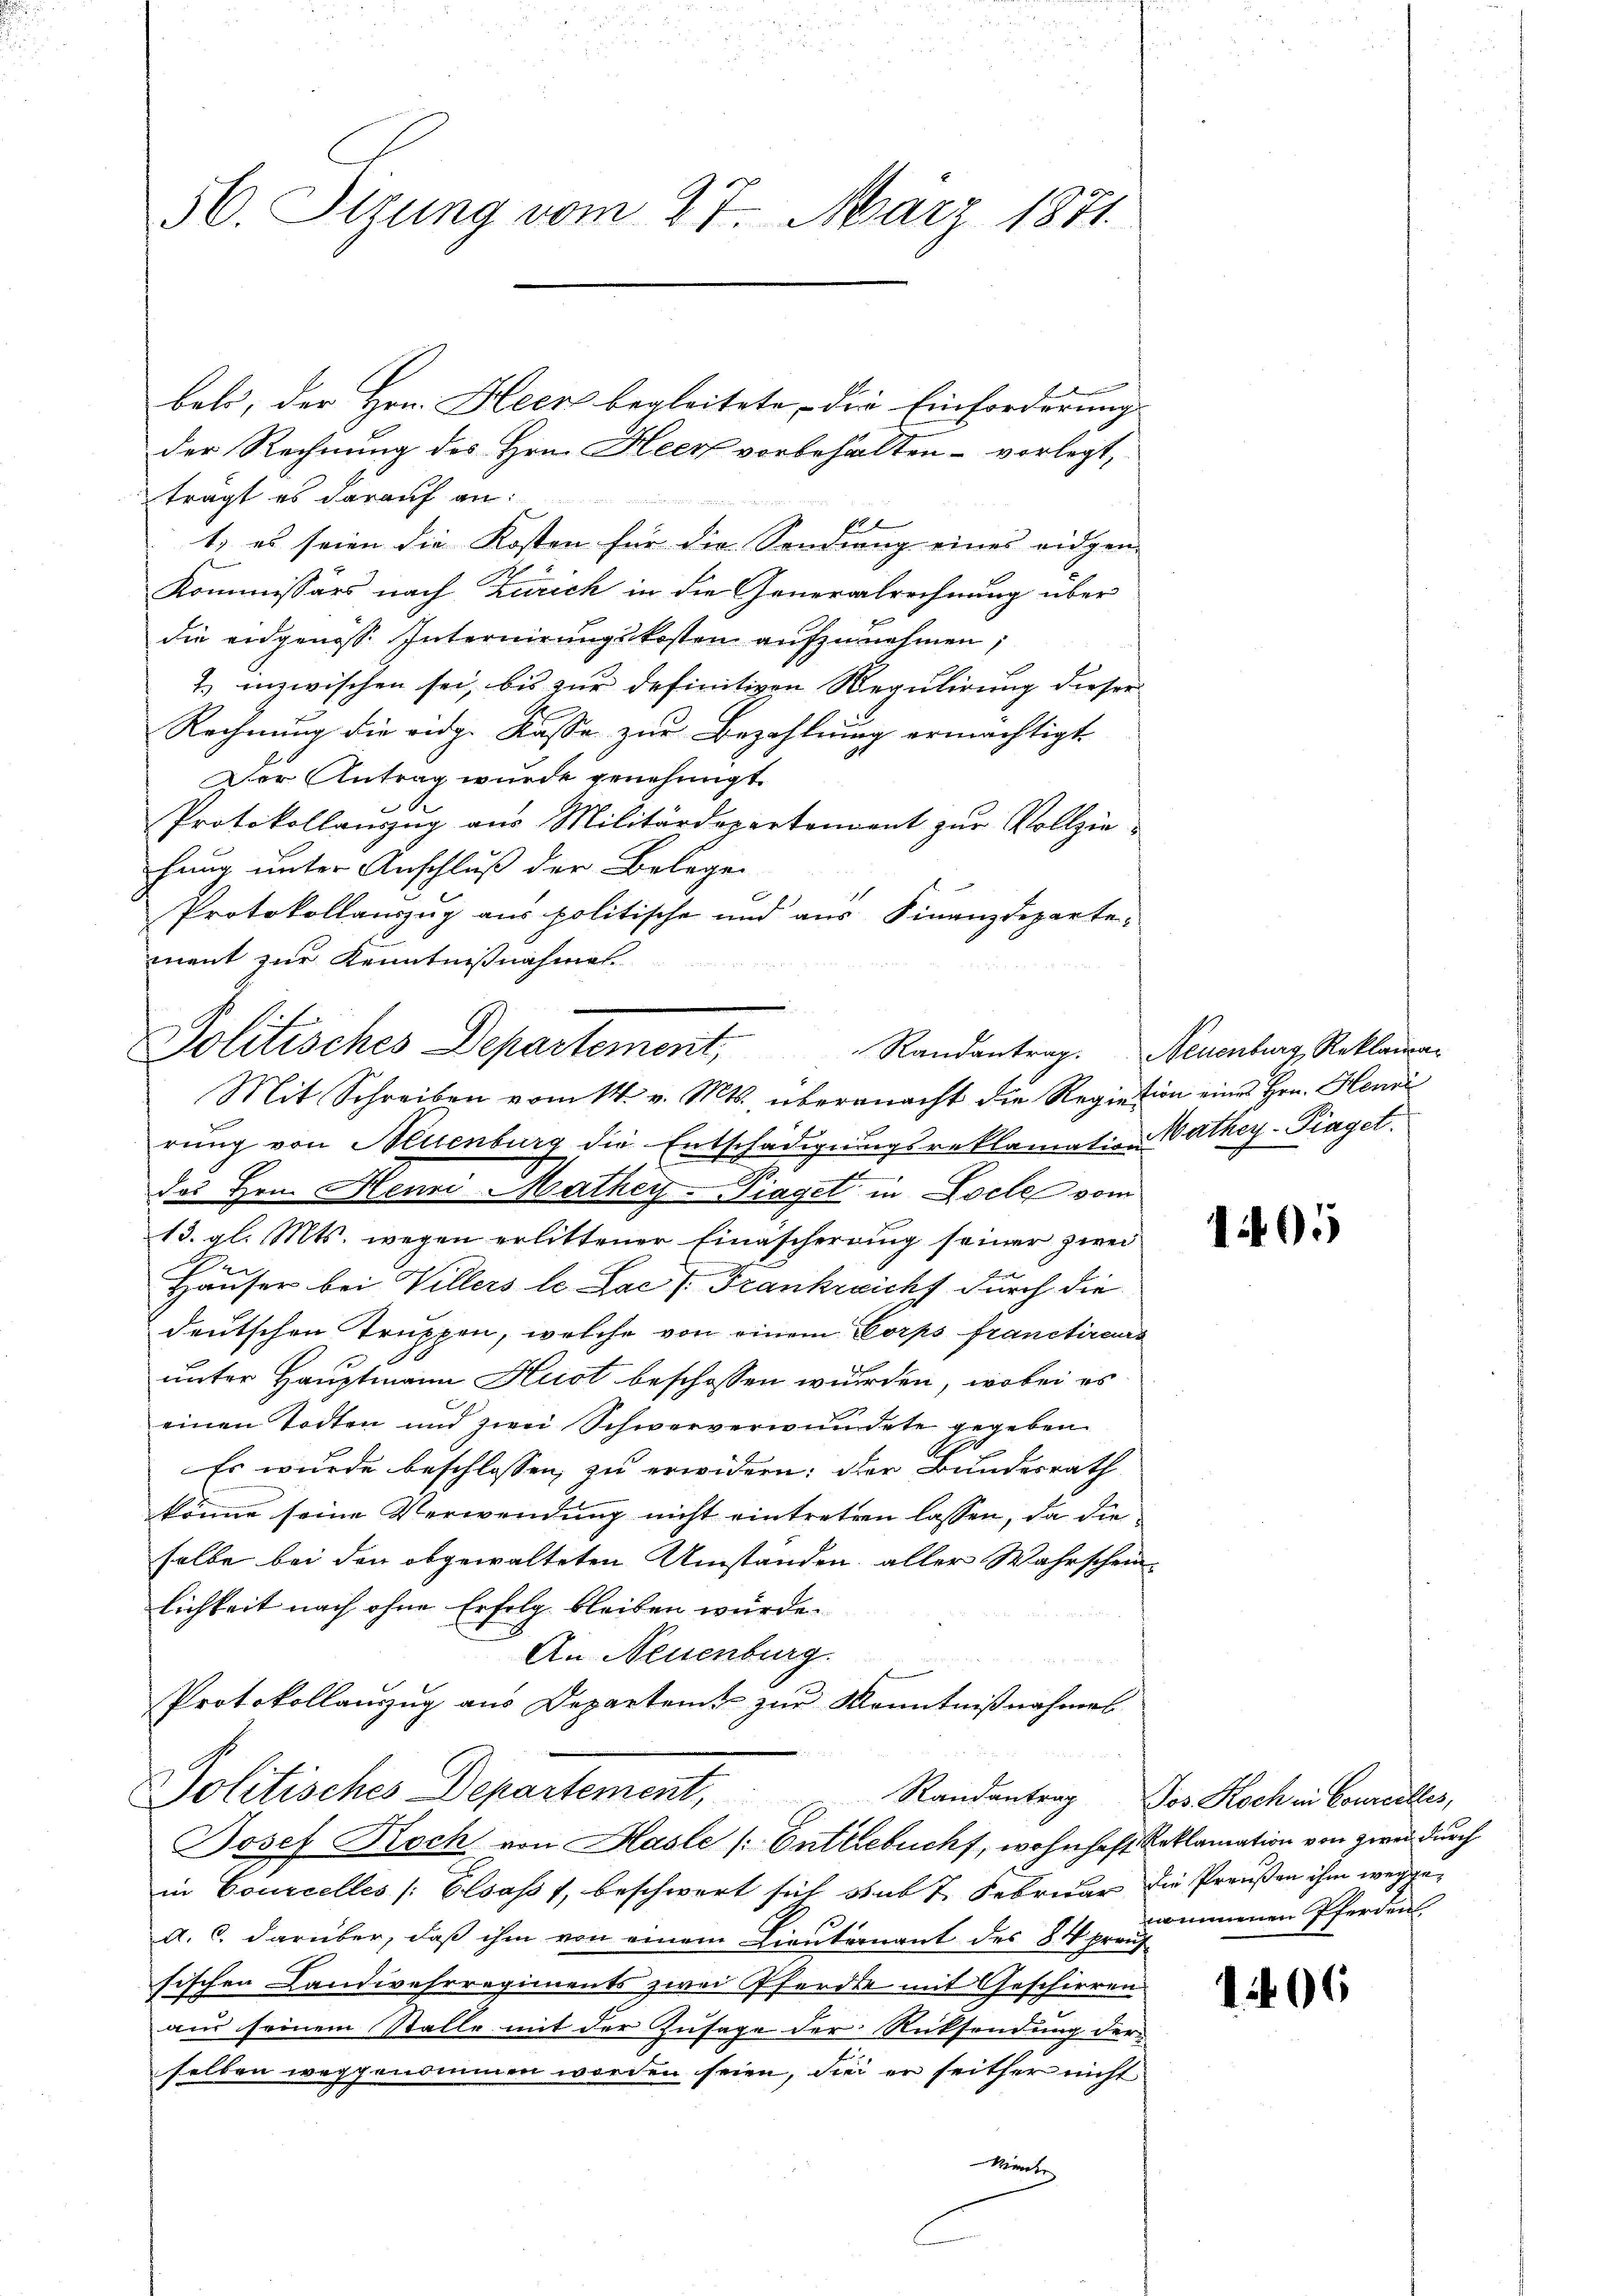
56. Sizung vom 27. März 1871.

beli, der Hrn. Heer begleitete, die Einforderung
der Rechnung des Hrn. Heer vorbehalten - vorlegt,
trägt es darauf an:
1) es seien die Kosten für die Sonding eines eidgen-
Kommissärs nach Zürich in die Generalrechnung über
die eidgenosse Internierungskosten aŭfzŭnehmen;
2. inzwischen sei, bis zur definitiven Regulirung dieser
Rechnung die eidg. Kasse zur Bezahlung ermächtigt
Der Antrag wurde genehmigt.
Protokollauszug aus Militärdepartement zŭr Vollziehung unter Anschluß der Belegen
Protokollanzug aus politische und aus Finanzdepartement zur Kenntnißnahmen.
 2 x 2
Politisches Departement,
rung von Neuenburg die Entschädigungsreklamation Mathey-Piaget.
das Hrn. Henri Mathey-Piaget in Docte vom
13. gl. Mts. wegen erlittener Einäscherung seiner zwei
Häuser bei Villers le Lae / Frankreich durch die
deutschen Truppen, welche von einem Corps franctirens
unter Hauptmann Hust beschossen wurden, wobei es
einen Todten und zwei Schwerverwundete gegeben
Ah
Es wurde beschlossen, zu erwidern: der Bundesrath
könne seine Verwendung nicht eintreten lassen, da die
selbe bei den abgewalteten Umstanden aller Wahrschein-
lichkeit nach ohne Erfolg bleiben würde.
An Neuenburg.
Protokollanzug aus Departent zur Kenntnißnahmel
Politisches Departement,
Josef Koch von Hasle (Entlebuch, wohnhaft Reklamation von zwei durch
in Courcelles /: Elsass, beschwert sich sub 7. Februar die Preußen ihm weggea. c. darüber, daß ihm von einem Lieuternant des 84 prauf
sischen Landwehrregiments zwei Pferd mit Geschirren
aus seinem Stalle mit der Zusage der Rücksendung der
selben weggenommen worden seien, die er seither nicht

Mit Schreiben vom 14. v. Mts. übernacht die Regiation eines Hrn. Henni

Randantrag. Neuenburg, Reklama¬

1405

Randantrag Jos. Koch in Courcelles,
winnenen Pferden

1406